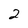
Character: 2